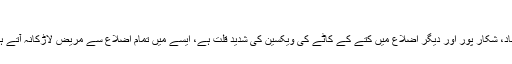
ویکسین کی قلت کے باعث ہلاکتوں میں اضافہ
لاڑکانہ میں اینٹی ریبیز ویکسینیشن سینٹر کے انچارج کے مطابق جیکب آباد، شکار پور اور دیگر اضلاع میں کتے کے کاٹے کی ویکسین کی شدید قلت ہے، ایسے میں تمام اضلاع سے مریض لاڑکانہ آتے ہیں جس کی وجہ سے اب لاڑکانہ میں بھی ویکسین کی قلت پیدا ہو گئی ہے۔